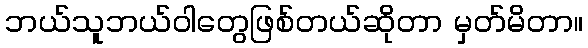
ဘယ်သူဘယ်ဝါတွေဖြစ်တယ်ဆိုတာ မှတ်မိတာ။